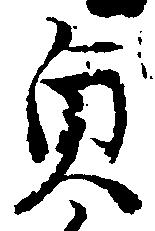
貞